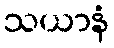
သယာနံ